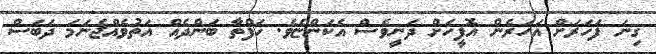
ގިނަ ފަހަރަށް އަހަރެން އޮފީހަށް ދަނީވެސް އެކަންޏެވެ. ހަފްތާ ބަންދެއް އަތުވެއްޖެނަމަ ދަބަސް